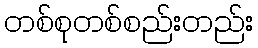
တစ်စုတစ်စည်းတည်း